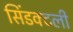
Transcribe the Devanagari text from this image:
सिंडक्टली